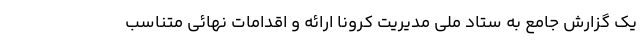
یک گزارش جامع به ستاد ملی مدیریت کرونا ارائه و اقدامات نهائی متناسب